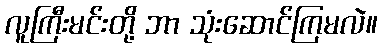
လူကြီးမင်းတို့ ဘာ သုံးဆောင်ကြမလဲ။